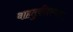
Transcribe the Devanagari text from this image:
वाहतुकीदरम्यान